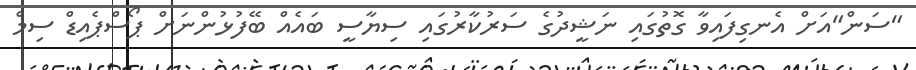
"ސަން"އަށް އެނގިފައިވާ ގޮތުގައި ނަޝީދުގެ ސަރުކާރުގައި ސިޔާސީ ބައެއް ބޭފުޅުންނަށް ޕޯސްޕެއިޑް ސިމް